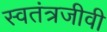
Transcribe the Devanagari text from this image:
स्वतंत्रजीवी